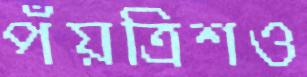
পঁয়ত্রিশও